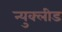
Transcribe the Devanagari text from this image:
न्युक्लीड